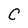
Character: C